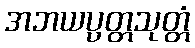
အဘယပ္ပတ္တသုတ္တံ